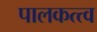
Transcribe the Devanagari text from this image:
पालकत्त्व